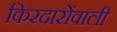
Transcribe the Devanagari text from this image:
किरदारोंवाली